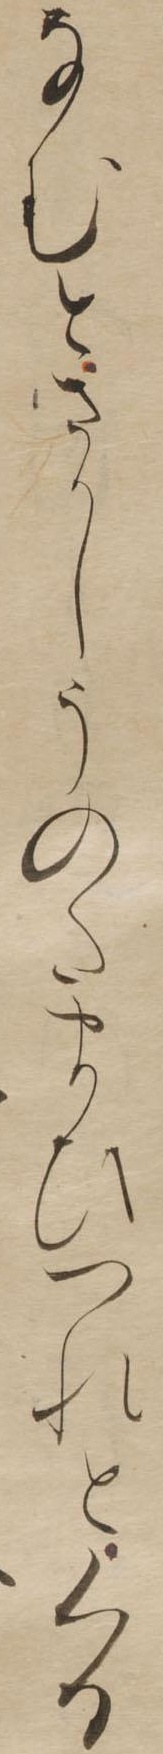
なむとさかしうのたまひつれとくる